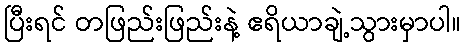
ပြီးရင် တဖြည်းဖြည်းနဲ့ ဧရိယာချဲ့သွားမှာပါ။